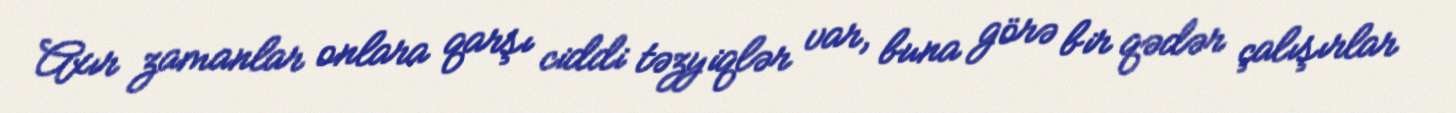
Axır zamanlar onlara qarşı ciddi təzyiqlər var, buna görə bir qədər çalışırlar